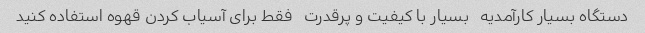
دستگاه بسیار کارآمدیه   بسیار با کیفیت و پرقدرت   فقط برای آسیاب کردن قهوه استفاده کنید